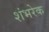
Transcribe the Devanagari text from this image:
शंभरेक